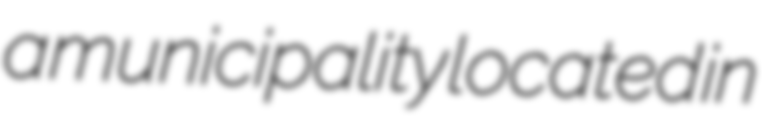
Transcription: a municipality located in